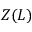
Z ( L )